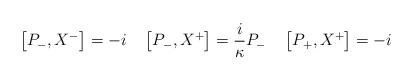
LaTeX: \begin{align*}\left[P_{-},X^{-}\right]= -i\quad\left[P_{-},X^{+}\right]=\frac{i}{\kappa}P_-\quad\left[P_{+},X^{+}\right]=-i\end{align*}